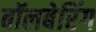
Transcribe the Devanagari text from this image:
बॉलबेरिंग